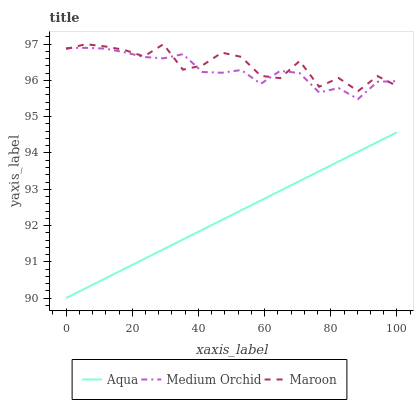
| xaxis_label | Aqua | Medium Orchid | Maroon |
 | --- | --- | --- | --- |
 | 0 | 90 | 96.9 | 96.9 |
 | 5.88 | 90.3 | 96.9 | 97 |
 | 11.8 | 90.5 | 96.9 | 96.9 |
 | 17.6 | 90.8 | 96.8 | 96.8 |
 | 23.5 | 91.1 | 96.6 | 96.7 |
 | 29.4 | 91.3 | 96.6 | 97 |
 | 35.3 | 91.6 | 96.7 | 96.3 |
 | 41.2 | 91.9 | 96.2 | 96.4 |
 | 47.1 | 92.2 | 96.2 | 96.8 |
 | 52.9 | 92.4 | 96.3 | 96.7 |
 | 58.8 | 92.7 | 95.9 | 96.1 |
 | 64.7 | 93 | 96.3 | 96.1 |
 | 70.6 | 93.2 | 96.2 | 96.5 |
 | 76.5 | 93.5 | 95.7 | 95.8 |
 | 82.4 | 93.8 | 95.8 | 96.1 |
 | 88.2 | 94 | 95.5 | 95.7 |
 | 94.1 | 94.3 | 96 | 96.1 |
 | 100 | 94.6 | 96 | 95.8 |